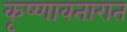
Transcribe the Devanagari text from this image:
कृष्णावतारात